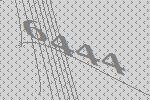
6444